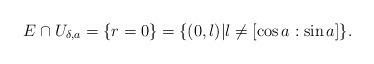
LaTeX: \begin{align*}E\cap U_{\delta,a}=\{r=0\}=\{(0,l)|l\ne[\cos a:\sin a]\}.\end{align*}